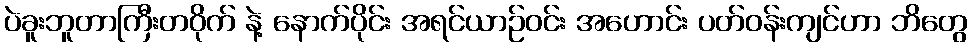
ပဲခူးဘူတာကြီးတဝိုက် နဲ့ နောက်ပိုင်း အရင်ယာဉ်ဝင်း အဟောင်း ပတ်ဝန်းကျင်ဟာ ဘိတွေ